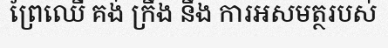
ព្រៃឈើ គង់ ក្រឹង នឹង ការអសមត្ថរបស់